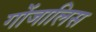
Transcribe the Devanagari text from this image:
गोंजालिस